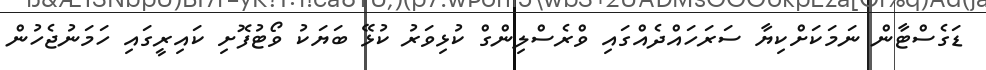
ޑަގެސްޓާން ނަމަކަށްކިޔާ ސަރަހައްދެއްގައި ވްރެސްލިންގް ކުޅިވަރު ކުޅޭ ބަޔަކު ވޯޓުފޮށި ކައިރީގައި ހަމަނުޖެހުން